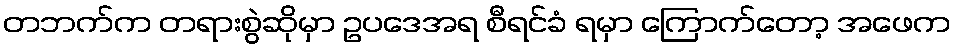
တဘက်က တရားစွဲဆိုမှာ ဥပဒေအရ စီရင်ခံ ရမှာ ကြောက်တော့ အဖေက